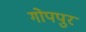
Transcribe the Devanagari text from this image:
गोपपुर